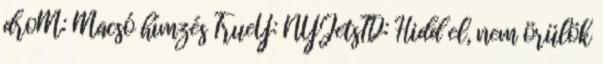
droM: Macsó hímzés TrueY: NYJetsTD: Hidd el, nem örülök